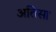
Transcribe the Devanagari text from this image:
अतिसा